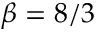
\beta = 8 / 3